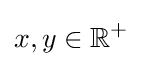
x,y\in \mathbb {R} ^{+}